画像に写った文字を読んでください
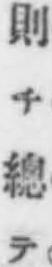
「則チ總テ」と書いてあります